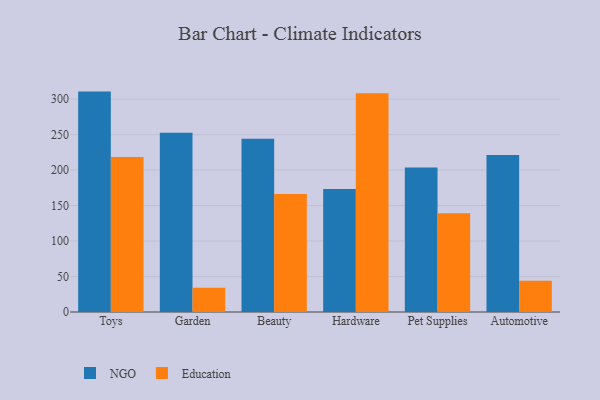
{"axis": {"x": "Category", "y": "Population (Million)"}, "legend": ["Education", "NGO"], "data": [{"x": "Toys", "y": 310.6, "type": "NGO"}, {"x": "Toys", "y": 218.6, "type": "Education"}, {"x": "Garden", "y": 252.7, "type": "NGO"}, {"x": "Garden", "y": 34.1, "type": "Education"}, {"x": "Beauty", "y": 244.1, "type": "NGO"}, {"x": "Beauty", "y": 166.2, "type": "Education"}, {"x": "Hardware", "y": 173.2, "type": "NGO"}, {"x": "Hardware", "y": 308.3, "type": "Education"}, {"x": "Pet Supplies", "y": 203.6, "type": "NGO"}, {"x": "Pet Supplies", "y": 139.2, "type": "Education"}, {"x": "Automotive", "y": 221.4, "type": "NGO"}, {"x": "Automotive", "y": 43.9, "type": "Education"}]}